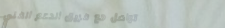
تواصل مع فريق الدعم الفني